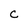
Character: C